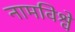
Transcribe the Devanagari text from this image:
नामविश्वे